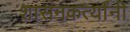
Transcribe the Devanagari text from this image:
शासनकर्त्यांनी